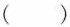
( )